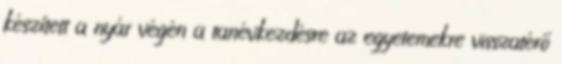
készített a nyár végén a tanévkezdésre az egyetemekre visszatérő